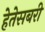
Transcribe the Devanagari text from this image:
हेतेसबरी